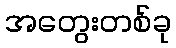
အတွေးတစ်ခု